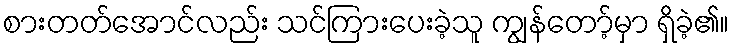
စားတတ်အောင်လည်း သင်ကြားပေးခဲ့သူ ကျွန်တော့်မှာ ရှိခဲ့၏။